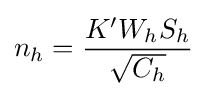
n_{h}={\frac {K'W_{h}S_{h}}{\sqrt {C_{h}}}}